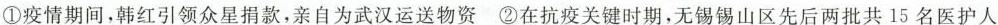
①疫情期间，韩红引领众星捐款，亲自为武汉运送物资②在抗疫关键时期，无锡锡山区先后两批共15名医护人